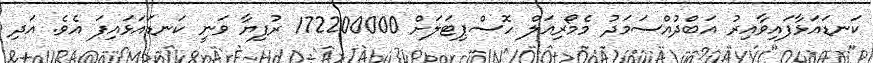
ކަނޑައަޅާފައިވާއިރު އަބްދުއްސަމަދު މެމޯރިއަލް ހޮސްޕިޓަލަށް 172200000 ރުފިޔާ ވަނީ ކަނޑައަޅައިފަ އެވެ. އަދި